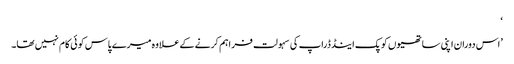
‘
’اس دوران اپنی ساتھیوں کو پک اینڈ ڈراپ کی سہولت فراہم کرنے کےعلاوہ میرے پاس کوئی کام نہیں تھا۔